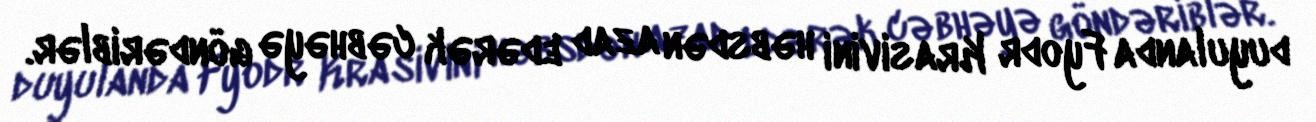
duyulanda Fyodr Krasivini həbsdən azad edərək cəbhəyə göndəriblər.